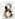
8